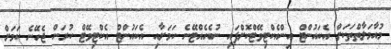
މުއާމަލާތްތަކަށް އެކައުންޓް އިންއެކްޓިވޭޓްކޮށްފައި ނުބެހެއްޓޭނެ ކަމަށާއި އެކައުންޓް އެކްޓިވޭޓް ކުރަން ޖެހޭނެ ކަމަށް